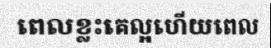
ពេលខ្លះគេល្អហើយពេល